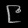
Digit: ၉